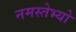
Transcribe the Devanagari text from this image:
नमस्तेभ्यो